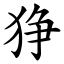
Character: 狰